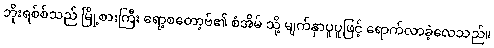
ဘိုးရစ်စ်သည် မြို့စားကြီး ရော့စတော့ဗ်၏ စံအိမ် သို့ မျက်နှာပူပူဖြင့် ရောက်လာခဲ့လေသည်။